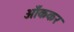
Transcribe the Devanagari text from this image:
आँककर